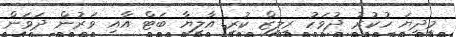
މިދިޔަ ހުކުރު ދުވަހު ރިލިޒް ކުރި އާލިޔާ ބަޓް އާއި ވަރުން ދަވަން